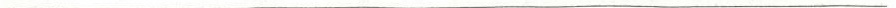
___